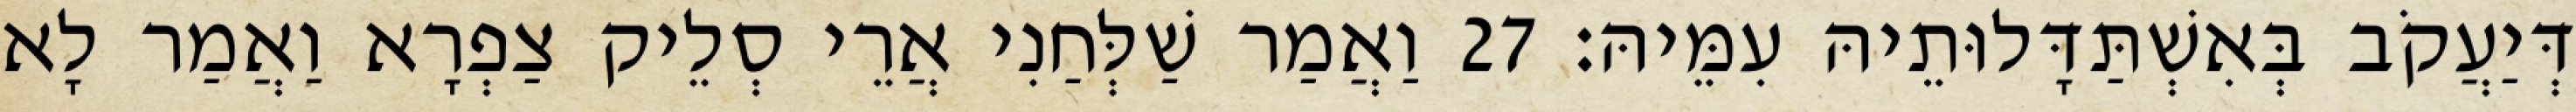
דְּיַעֲקֹב בְּאִשְׁתַּדָּלוּתֵיהּ עִמֵּיהּ׃ 27 וַאֲמַר שַׁלְּחַנִי אֲרֵי סְלֵיק צַפְרָא וַאֲמַר לָא